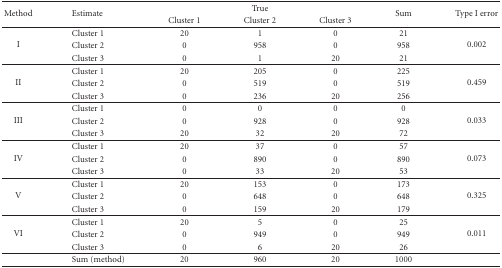
| <ROWSPAN=2> Method | <ROWSPAN=2> Estimate | <COLSPAN=3> True | <ROWSPAN=2> Sum | <ROWSPAN=2> Type I error |
 | Cluster 1 | Cluster 2 | Cluster 3 |
 | --- | --- | --- | --- | --- | --- | --- |
 | <ROWSPAN=3> I | Cluster 1 | 20 | 1 | 0 | 21 | <ROWSPAN=3> 0.002 |
 | Cluster 2 | 0 | 958 | 0 | 958 |
 | Cluster 3 | 0 | 1 | 20 | 21 |
 | <ROWSPAN=3> II | Cluster 1 | 20 | 205 | 0 | 225 | <ROWSPAN=3> 0.459 |
 | Cluster 2 | 0 | 519 | 0 | 519 |
 | Cluster 3 | 0 | 236 | 20 | 256 |
 | <ROWSPAN=3> III | Cluster 1 | 0 | 0 | 0 | 0 | <ROWSPAN=3> 0.033 |
 | Cluster 2 | 0 | 928 | 0 | 928 |
 | Cluster 3 | 20 | 32 | 20 | 72 |
 | <ROWSPAN=3> IV | Cluster 1 | 20 | 37 | 0 | 57 | <ROWSPAN=3> 0.073 |
 | Cluster 2 | 0 | 890 | 0 | 890 |
 | Cluster 3 | 0 | 33 | 20 | 53 |
 | <ROWSPAN=3> V | Cluster 1 | 20 | 153 | 0 | 173 | <ROWSPAN=3> 0.325 |
 | Cluster 2 | 0 | 648 | 0 | 648 |
 | Cluster 3 | 0 | 159 | 20 | 179 |
 | <ROWSPAN=3> VI | Cluster 1 | 20 | 5 | 0 | 25 | <ROWSPAN=3> 0.011 |
 | Cluster 2 | 0 | 949 | 0 | 949 |
 | Cluster 3 | 0 | 6 | 20 | 26 |
 |  | Sum (method) | 20 | 960 | 20 | 1000 |  |